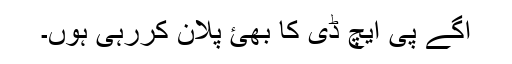
اگے پی ایچ ڈی کا بھئ پلان کررہی ہوں۔